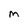
Character: M